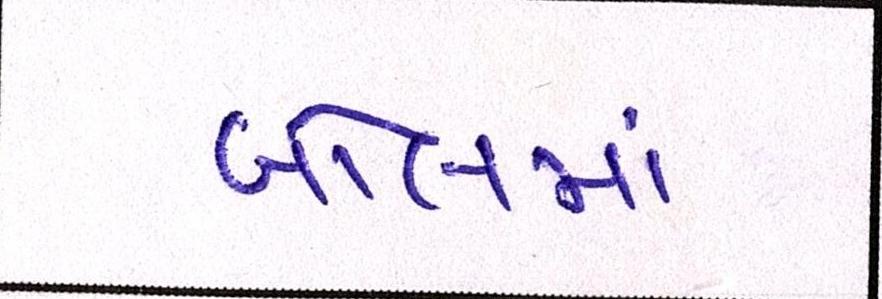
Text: બોલમાં